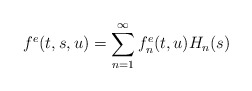
\begin{align*}f^e(t, s, u) = \sum_{n=1}^{\infty}f_{n}^e(t, u)H_n(s)\end{align*}